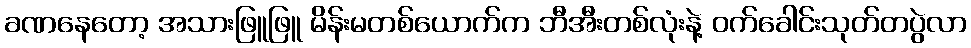
ခဏနေတော့ အသားဖြူဖြူ မိန်းမတစ်ယောက်က ဘီအီးတစ်လုံးနဲ့ ဝက်ခေါင်းသုတ်တပွဲလာ